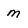
Character: M